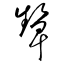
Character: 顰